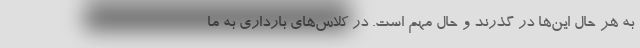
به هر حال این‌ها در گذرند و حال مهم است. در کلاس‌های بارداری به ما